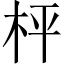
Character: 枰